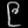
Digit: ၉